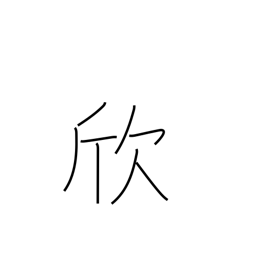
Meaning: take pleasure in